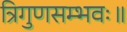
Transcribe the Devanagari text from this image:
त्रिगुणसम्भवः॥